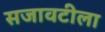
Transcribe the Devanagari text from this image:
सजावटीला